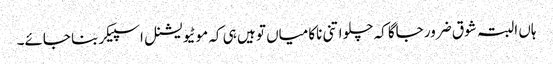
ہاں البتہ شوق ضرور جاگا کہ چلو اتنی ناکامیاں تو ہیں ہی کہ موٹیویشنل اسپیکر بنا جائے۔